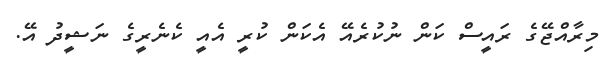
މިރާއްޖޭގެ ރައީސް ކަން ނުކުރެއޭ އެކަން ކުރީ އެއީ ކެނެރީގެ ނަޝީދު އޭ.